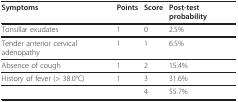
<table><thead><tr><td><b>Symptoms</b></td><td><b>Points</b></td><td><b>Score</b></td><td><b>Post-test probability</b></td></tr></thead><tbody><tr><td>Tonsillar exudates</td><td>1</td><td>0</td><td>2.5%</td></tr><tr><td>Tender anterior cervical adenopathy</td><td>1</td><td>1</td><td>6.5%</td></tr><tr><td>Absence of cough</td><td>1</td><td>2</td><td>15.4%</td></tr><tr><td>History of fever (&gt; 38.0°C)</td><td>1</td><td>3</td><td>31.6%</td></tr><tr><td></td><td></td><td>4</td><td>55.7%</td></tr></tbody></table>